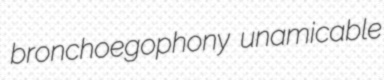
bronchoegophony unamicable